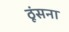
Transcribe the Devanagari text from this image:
ठूंसना